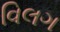
વિલગ